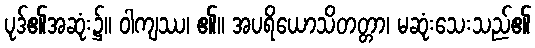
ပုဒ်၏အဆုံး၌။ ဝါကျဿ၊ ၏။ အပရိယောသိတတ္တာ၊ မဆုံးသေးသည်၏